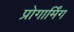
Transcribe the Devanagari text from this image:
प्रोगार्मिंग